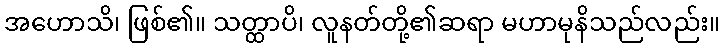
အဟောသိ၊ ဖြစ်၏။ သတ္ထာပိ၊ လူနတ်တို့၏ဆရာ မဟာမုနိသည်လည်း။